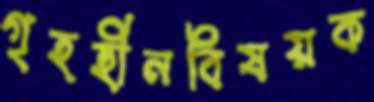
গৃহহীনবিষয়ক